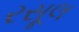
રસૂલ